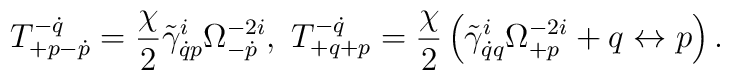
T^{-\dot q}_{+p-\dot p}=\frac{\chi}{2}\tilde\gamma^i_{\dot qp}\Omega^{-2i}_{-\dot p},\ T^{-\dot q}_{+q+p}=\frac{\chi}{2}\left(\tilde\gamma^i_{\dot qq}\Omega^{-2i}_{+p}+q\leftrightarrow p\right).